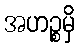
အဟဉ္စမှိ